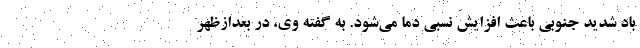
باد شدید جنوبی باعث افزایش نسبی دما می‌شود. به گفته وی، در بعدازظهر